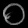
Digit: ၀